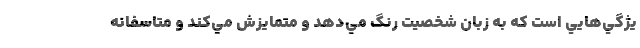
يژگي‌هايي است كه به زبان شخصيت رنگ مي‌دهد و متمايزش مي‌كند و متاسفانه